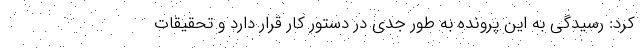
کرد: رسیدگی به این پرونده به طور جدی در دستور کار قرار دارد و تحقیقات